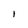
Character: I